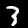
Digit: 3